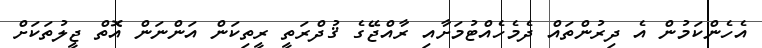
އެހެންކަމުން އެ ދިރުންތައް ދެމެހެއްޓުމަށާއި ރާއްޖޭގެ ޤުދްރަތީ ރީތިކަން އަންނަން އޮތް ޖީލުތަކަށް